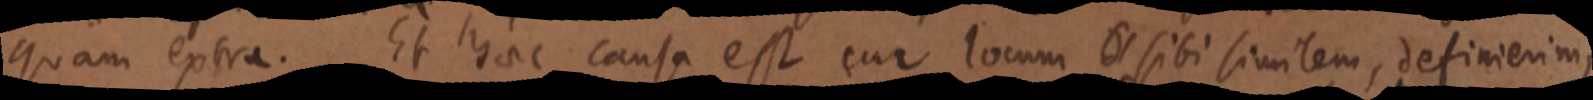
quam extra. Et haec causa est cur locum _ sibi similem, definierim,